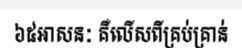
៦៥អាសនៈ គឺលើសពីគ្រប់គ្រាន់